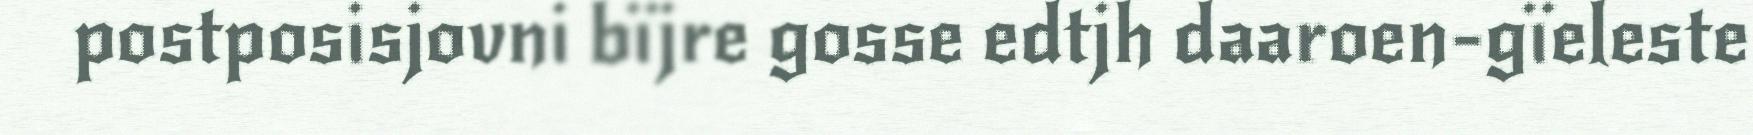
postposisjovni bïjre gosse edtjh daaroen-gïeleste